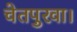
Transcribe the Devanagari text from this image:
चेतपुरवा।